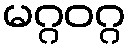
မဂ္ဂဝဂ္ဂ